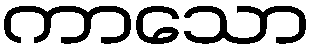
ကာသော